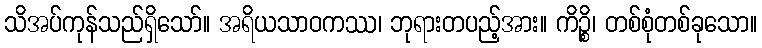
သိအပ်ကုန်သည်ရှိသော်။ အရိယသာဝကဿ၊ ဘုရားတပည့်အား။ ကိဉ္စိ၊ တစ်စုံတစ်ခုသော။